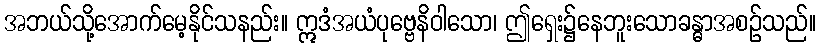
အဘယ်သို့အောက်မေ့နိုင်သနည်း။ ဣဒံအယံပုဗ္ဗေနိဝါသော၊ ဤရှေး၌နေဘူးသောခန္ဓာအစဉ်သည်။